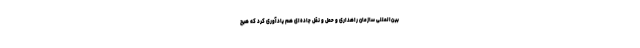
بین‌المللی سازمان راهداری و حمل و نقل جاده‌ای هم یادآوری کرد که هیچ